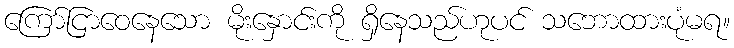
ကြော်ငြာဝေနေသော မိုးနှောင်းကို ရှိနေသည်ဟုပင် သဘောထားပုံမရ။